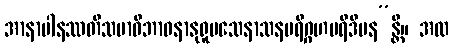
အာနာပါနဿတိသမာဓိဘာဝနာနုရူပသေနာသနပရိဂ္ဂဟပရိဒီပန”န္တိ။ အထ